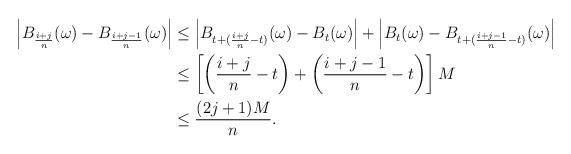
LaTeX: \begin{align*}\begin{aligned}\left|B_{\frac{i+j}{n}}(\omega)-B_{\frac{i+j-1}{n}}(\omega)\right| & \leq\left|B_{t+(\frac{i+j}{n}-t)}(\omega)-B_{t}(\omega)\right|+\left|B_{t}(\omega)-B_{t+(\frac{i+j-1}{n}-t)}(\omega)\right|\\ & \leq\left[\left(\frac{i+j}{n}-t\right)+\left(\frac{i+j-1}{n}-t\right)\right]M\\ & \leq\frac{(2j+1)M}{n}.\end{aligned}\end{align*}